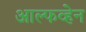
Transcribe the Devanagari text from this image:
आल्फव्हेन